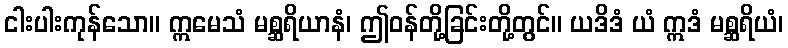
ငါးပါးကုန်သော။ ဣမေသံ မစ္ဆရိယာနံ၊ ဤဝန်တို့ခြင်းတို့တွင်။ ယဒိဒံ ယံ ဣဒံ မစ္ဆရိယံ၊